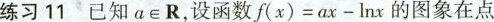
练习11已知a\in R，设函数$$f ( x ) = a x